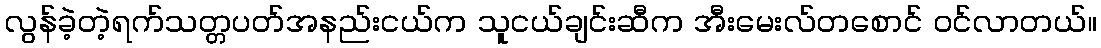
လွန်ခဲ့တဲ့ရက်သတ္တပတ်အနည်းငယ်က သူငယ်ချင်းဆီက အီးမေးလ်တစောင် ဝင်လာတယ်။